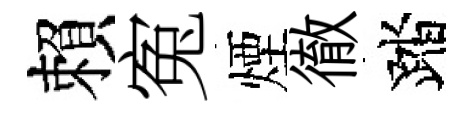
賴寃煙徹踏